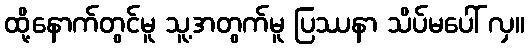
ထို့နောက်တွင်မူ သူ့အတွက်မူ ပြဿနာ သိပ်မပေါ် လှ။